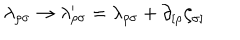
\lambda _ { \rho \sigma } \rightarrow \lambda _ { \rho \sigma } ^ { \prime } = \lambda _ { \rho \sigma } + \partial _ { [ \rho } \zeta _ { \sigma ] }